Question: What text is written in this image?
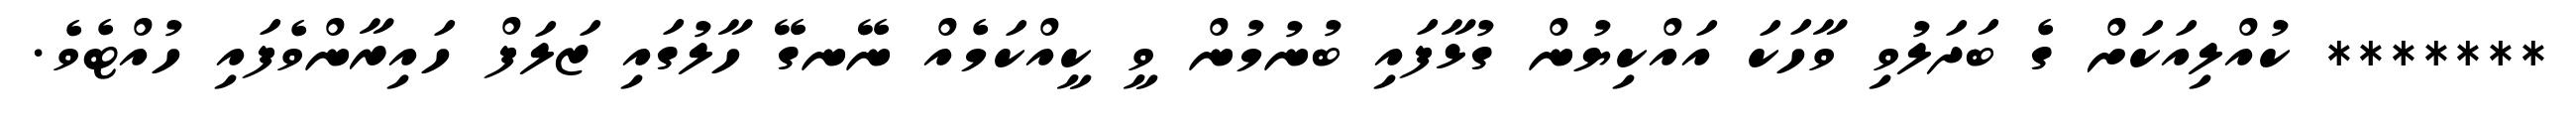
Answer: ******* ކުއްލިއަކަށް ގެ ބަދަލުވި ވާހަކަ އައްކިޔުން ގުޅާފައި ބުނުމުން ވީ ކީއްކަމެއް ނޭނގޭ ހާލުގައި ޒަލަފް ހައިރާންވެފައި ހުއްޓެވެ.